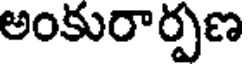
అంకురార్పణ